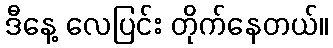
ဒီနေ့ လေပြင်း တိုက်နေတယ်။